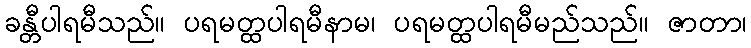
ခန္တီပါရမီသည်။ ပရမတ္ထပါရမီနာမ၊ ပရမတ္ထပါရမီမည်သည်။ ဇာတာ၊